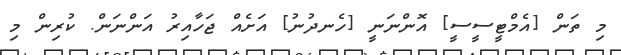
މި ތަން [އެމްޓީސީސީ] އޮންނަނީ [ހެނދުނު] އަށެއް ޖަހާއިރު އަންނަން. ކުރިން މި